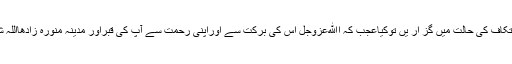
اگرآپ دس دن رَمَضانُ الْمُبارَک میں اپنے گھرمیں اِعْتِکاف کی حالت میں گز ار یں توکیاعَجَب کہ اﷲعَزَّوَجَلَّ اس کی بَرَکت سے اوراپنی رَحمت سے آپ کی قَبْراور مدینہ مُنوَّرہ زَادَھَااللہُ شَرَفًاوَّتَکْرِیْمًاکے درمیان تمام پردہ ہائے حائل اُٹھادے۔